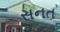
સનત